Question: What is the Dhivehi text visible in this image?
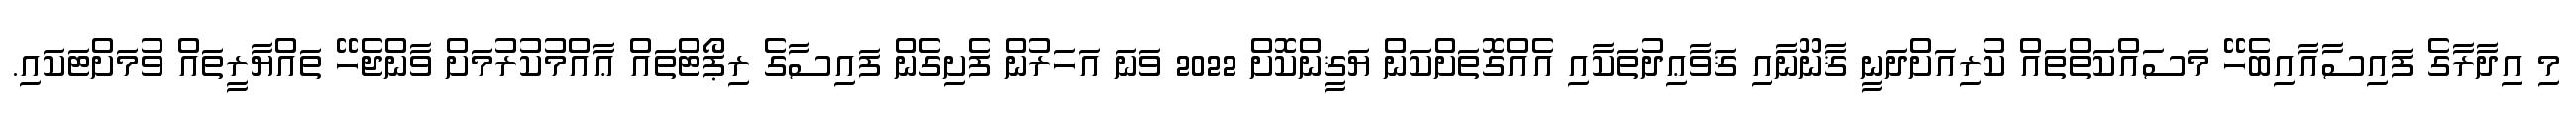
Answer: މި އިދާރާގެ ފައިސާއާއިބެހޭ މަސައްކަތްތައް ކުރިއަށްދަނީ ޤާނޫނާއި ޤަވާޢިދުތަކާއި އެއްގޮތަށްކަން ޔަޤީންކޮށް 2022 ވަނަ އަހަރުން ފެށިގެން ފައިސާގެ ރިޕޯޓްތައް ޢާއްމުކުރުމަށް ވާންޖެހޭ ތައްޔާރީތައް ވުމަށްޓަކައި.